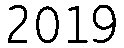
2019